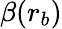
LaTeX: \beta(r_{b})